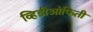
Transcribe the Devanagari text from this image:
व्हिडीओफिती